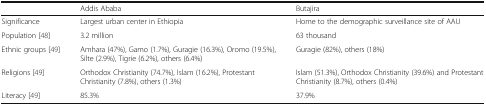
|  | Addis Ababa | Butajira |
 | --- | --- | --- |
 | Significance | Largest urban center in Ethiopia | Home to the demographic surveillance site of AAU |
 | Population [48] | 3.2 million | 63 thousand |
 | Ethnic groups [49] | Amhara (47%), Gamo (1.7%), Guragie (16.3%), Oromo (19.5%), Silte (2.9%), Tigrie (6.2%), others (6.4%) | Guragie (82%), others (18%) |
 | Religions [49] | Orthodox Christianity (74.7%), Islam (16.2%), Protestant Christianity (7.8%), others (1.3%) | Islam (51.3%), Orthodox Christianity (39.6%) and Protestant Christianity (8.7%), others (0.4%) |
 | Literacy [49] | 85.3% | 37.9% |